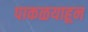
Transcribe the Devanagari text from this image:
पाकळयाहून